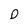
Character: D